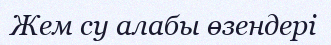
Жем су алабы өзендері